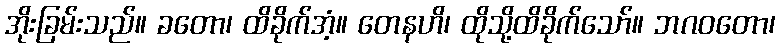
အိုးခြမ်းသည်။ ခတော၊ ထိခိုက်အံ့။ တေနဟိ၊ ထိုသို့ထိခိုက်သော်။ ဘဂဝတော၊